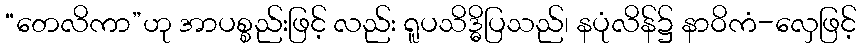
“တေလိကာ”ဟု အာပစ္စည်းဖြင့် လည်း ရူပသိဒ္ဓိပြသည်၊ နပုံလိန်၌ နာဝိကံ-လှေဖြင့်